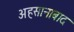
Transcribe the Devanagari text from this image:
अहसानाबाद